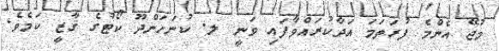
މުޖޭ އެންމެ ފުރަތަމަ އަދާކުރައްވާފައި ވަނީ ލ. ކުނަހަންދޫ ކޯޓުގެ ޤާޒީ ކަމެވެ.